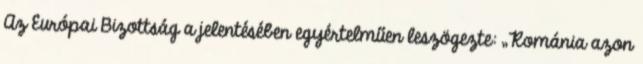
Az Európai Bizottság a jelentésében egyértelműen leszögezte: „Románia azon